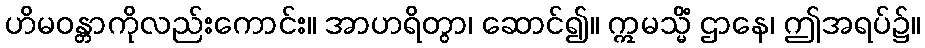
ဟိမဝန္တာကိုလည်းကောင်း။ အာဟရိတွာ၊ ဆောင်၍။ ဣမသ္မိံ ဌာနေ၊ ဤအရပ်၌။